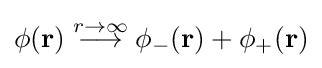
\phi (\mathbf {r} )\;{\stackrel {r\to \infty }{\longrightarrow }}\;\phi _{-}(\mathbf {r} )+\phi _{+}(\mathbf {r} )